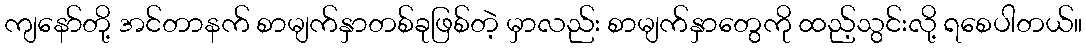
ကျနော်တို့ အင်တာနက် စာမျက်နှာတစ်ခုဖြစ်တဲ့ မှာလည်း စာမျက်နှာတွေကို ထည့်သွင်းလို့ ရစေပါတယ်။